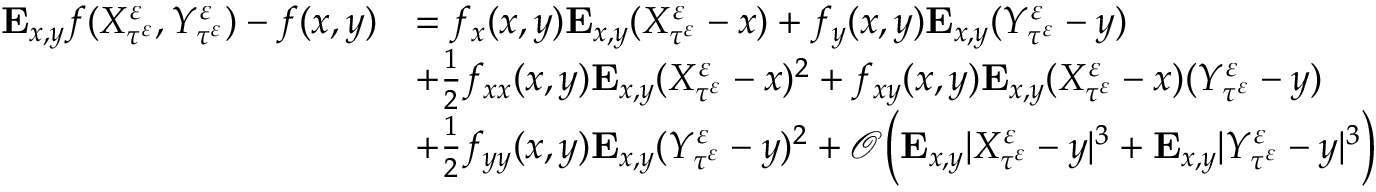
\begin{array} { r l } { \mathbf { E } _ { x , y } f ( X _ { \tau ^ { \varepsilon } } ^ { \varepsilon } , Y _ { \tau ^ { \varepsilon } } ^ { \varepsilon } ) - f ( x , y ) } & { = f _ { x } ( x , y ) \mathbf { E } _ { x , y } ( X _ { \tau ^ { \varepsilon } } ^ { \varepsilon } - x ) + f _ { y } ( x , y ) \mathbf { E } _ { x , y } ( Y _ { \tau ^ { \varepsilon } } ^ { \varepsilon } - y ) } \\ & { + \frac 1 2 f _ { x x } ( x , y ) \mathbf { E } _ { x , y } ( X _ { \tau ^ { \varepsilon } } ^ { \varepsilon } - x ) ^ { 2 } + f _ { x y } ( x , y ) \mathbf { E } _ { x , y } ( X _ { \tau ^ { \varepsilon } } ^ { \varepsilon } - x ) ( Y _ { \tau ^ { \varepsilon } } ^ { \varepsilon } - y ) } \\ & { + \frac 1 2 f _ { y y } ( x , y ) \mathbf { E } _ { x , y } ( Y _ { \tau ^ { \varepsilon } } ^ { \varepsilon } - y ) ^ { 2 } + \mathcal O \Big ( \mathbf { E } _ { x , y } | X _ { \tau ^ { \varepsilon } } ^ { \varepsilon } - y | ^ { 3 } + \mathbf { E } _ { x , y } | Y _ { \tau ^ { \varepsilon } } ^ { \varepsilon } - y | ^ { 3 } \Big ) } \end{array}